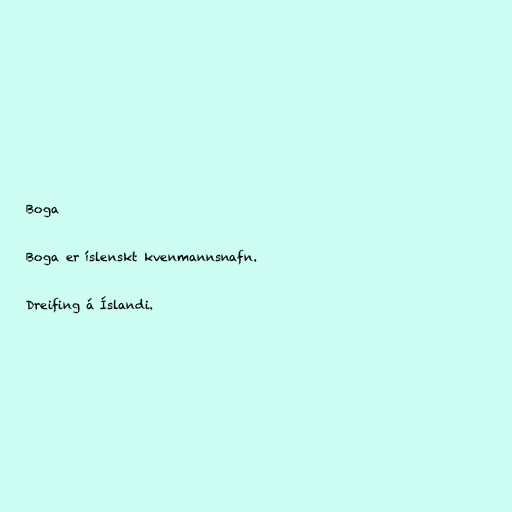
Boga

Boga er íslenskt kvenmannsnafn.

Dreifing á Íslandi.